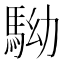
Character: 𩢒